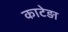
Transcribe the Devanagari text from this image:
काटेड़ा